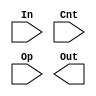
module shifter (In, Cnt, Op, Out);
   
   input [15:0] In;
   input [3:0]  Cnt;
   input [1:0]  Op;
   output [15:0] Out;

   /*
   Your code goes here
   */
   
endmodule